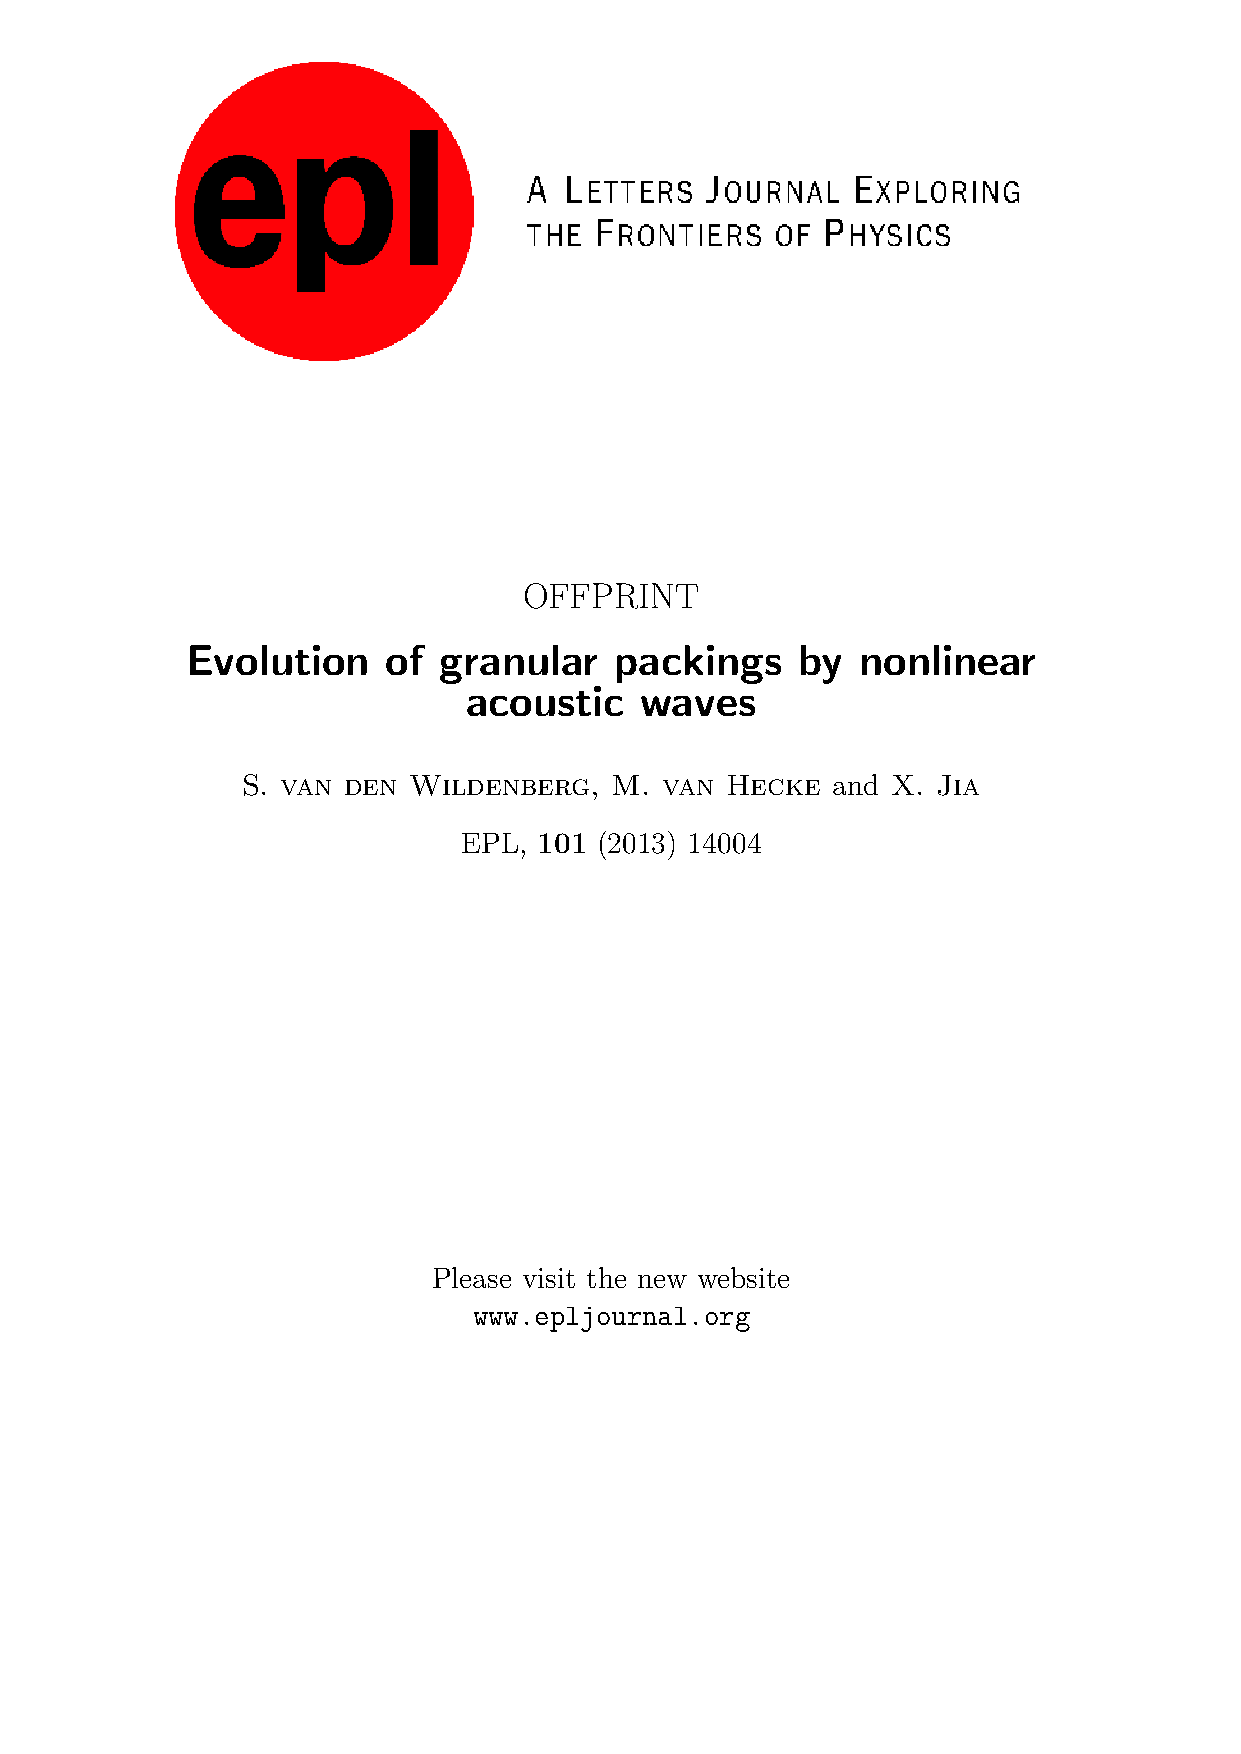
OFFPRINT
 Evolution     of granular    packings    by  nonlinear
 acoustic   waves
 S. van den Wildenberg,  M.  van Hecke  and X. Jia
 101
 EPL,      (2013) 14004
 Please visit the new website
 www.epljournal.org